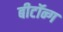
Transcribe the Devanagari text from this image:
बीटॉन्ग